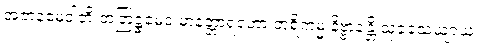
အဇာနမေဝါတိ တတြဋ္ဌမေဝ မာနတ္တာရဟော ဘူရိကမ္မံ နိဗ္ဗာနန္တိ သုခသေယျာယ